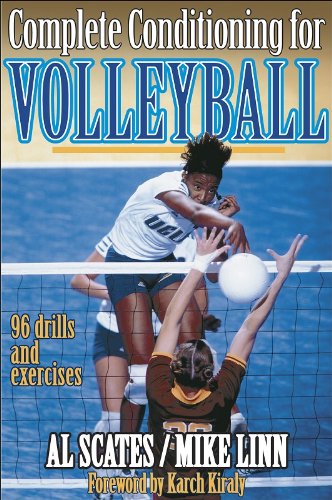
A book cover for Complete Conditioning for Volleyball (Complete Conditioning for Sports Series); Al Scates; Sports & Outdoors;